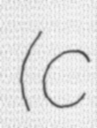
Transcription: (c